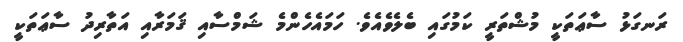
ރަނގަޅު ސާޢަތަކީ މުޝްތަރީ ކަމުގައި ބެލެވެއެވެ. ހަމައެހެންމެ ޝަމްސާއި ޤަމަރާއި އަތާރިދު ސާޢަތަކީ